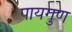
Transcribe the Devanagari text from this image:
पायगुण